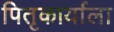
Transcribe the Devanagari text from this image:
पितृकार्याला